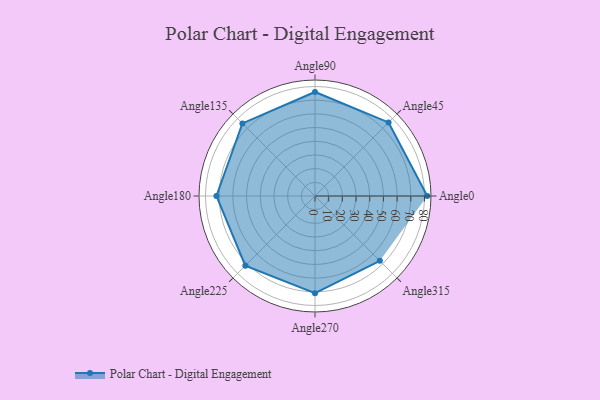
{"axis": {"x": "Angle", "y": "Radius"}, "legend": [""], "data": [{"x": "Angle0", "y": 82.0, "type": ""}, {"x": "Angle45", "y": 76.0, "type": ""}, {"x": "Angle90", "y": 76.0, "type": ""}, {"x": "Angle135", "y": 75.0, "type": ""}, {"x": "Angle180", "y": 72.0, "type": ""}, {"x": "Angle225", "y": 72.0, "type": ""}, {"x": "Angle270", "y": 71.0, "type": ""}, {"x": "Angle315", "y": 67.0, "type": ""}]}